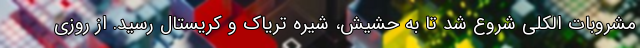
مشروبات الکلی شروع شد تا به حشیش، شیره تریاک و کریستال رسید. از روزی